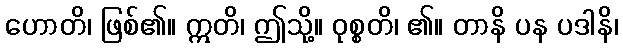
ဟောတိ၊ ဖြစ်၏။ ဣတိ၊ ဤသို့။ ဝုစ္စတိ၊ ၏။ တာနိ ပန ပဒါနိ၊